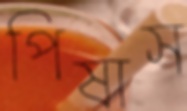
পিষাস